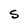
Character: S